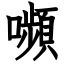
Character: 嚬